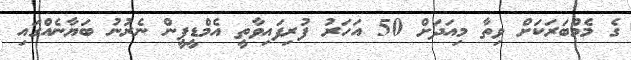
ގެ މެމްބަރަކަށް ވިތާ މިއަދަށް 50 އަހަރު ފުރިފައިވާތީ އެމްޑީޕީން ނެރުނު ބަޔާނެއްގައި